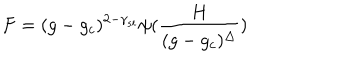
F = ( g - g _ { c } ) ^ { 2 - \gamma _ { s t } } \psi ( { \frac { H } { ( g - g _ { c } ) ^ { \Delta } } } )